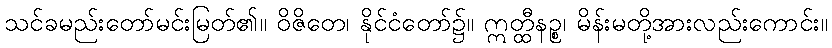
သင်ခမည်းတော်မင်းမြတ်၏။ ဝိဇိတေ၊ နိုင်ငံတော်၌။ ဣတ္ထီနဉ္စ၊ မိန်းမတို့အားလည်းကောင်း။